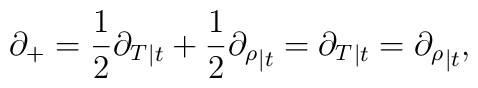
\partial_+= \frac{1}{2} {\partial_T}_{|t}+ \frac{1}{2}{\partial_\rho}_{|t}  = {\partial_T}_{| t} = {\partial_\rho}_{| t},